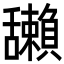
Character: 𦧺